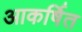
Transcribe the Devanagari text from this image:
आकर्षित